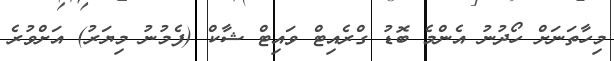
މިހާތަނަށް ހޯދުނު އެންމެ ބޮޑު ގްރެއިޓް ވައިޓް ޝާކް (ފެމުނު މިޔަރު) އަށްވުރެ